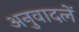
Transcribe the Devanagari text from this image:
अनुवादलें